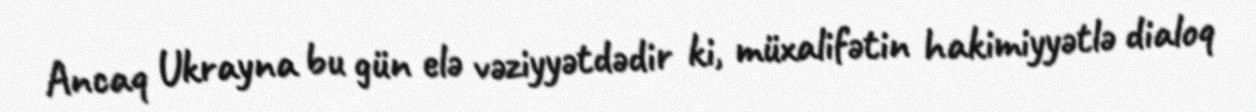
Ancaq Ukrayna bu gün elə vəziyyətdədir ki, müxalifətin hakimiyyətlə dialoq